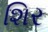
શિર